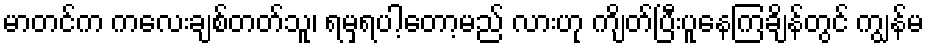
မာတင်က ကလေးချစ်တတ်သူ၊ ရမှရပါ့တော့မည် လားဟု ကျိတ်ပြီးပူနေကြချိန်တွင် ကျွန်မ